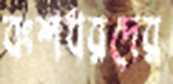
বংশধরদের